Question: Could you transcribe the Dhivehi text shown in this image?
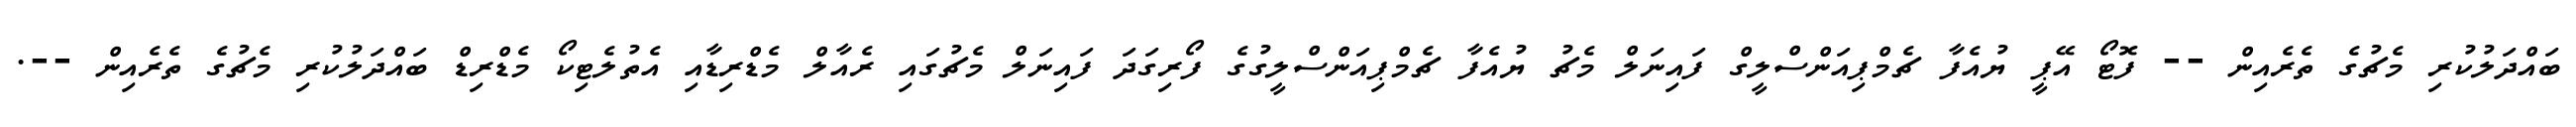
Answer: ބައްދަލުކުރި މެޗުގެ ތެރެއިން -- ފޮޓޯ އޭޕީ ޔުއެފާ ޗެމްޕިއަންސްލީގް ފައިނަލް މެޗު ޔުއެފާ ޗެމްޕިއަންސްލީގުގެ ފޯރިގަދަ ފައިނަލް މެޗުގައި ރެއާލް މެޑްރިޑާއި އެތުލެޓިކޯ މެޑްރިޑް ބައްދަލުކުރި މެޗުގެ ތެރެއިން --.